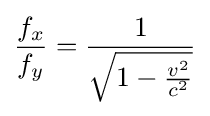
{\frac {f_{x}}{f_{y}}}={\frac {1}{\sqrt {1-{\frac {v^{2}}{c^{2}}}}}}